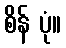
စိန် ပုံ။